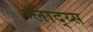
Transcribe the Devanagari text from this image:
ग्लाद्य्स